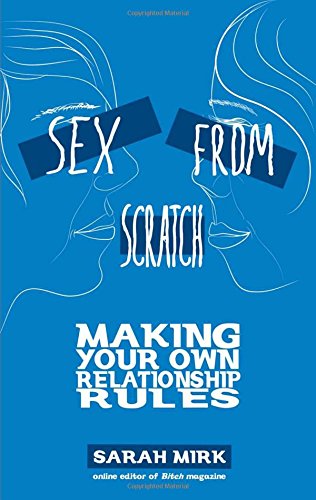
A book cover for Sex From Scratch: Making Your Own Relationship Rules; Sarah Mirk; Self-Help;